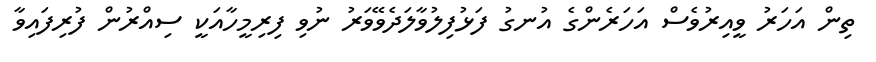
ތިން އަހަރު ވީއިރުވެސް އަހަރެންގެ އުނގު ފަޅުފިލުވާލަދެވޭވަރު ނުވި ފިރިމީހާއަކީ ސިއްރުން ފުރިފައިވާ